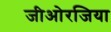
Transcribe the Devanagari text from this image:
जीओरजिया